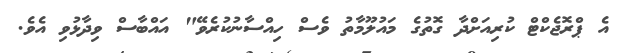
އެ ޕްރޮޖެކްޓް ކުރިއަށްދާ ގޮތުގެ މައުލޫމާތު ވެސް ހިއްސާނުކުރެވޭ" އައްބާސް ވިދާޅުވި އެވެ.